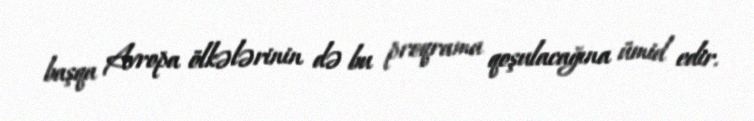
başqa Avropa ölkələrinin də bu proqrama qoşulacağına ümid edir.